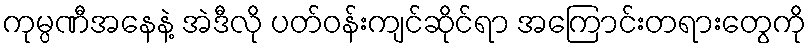
ကုမ္ပဏီအနေနဲ့ အဲဒီလို ပတ်ဝန်းကျင်ဆိုင်ရာ အကြောင်းတရားတွေကို